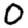
Digit: 0